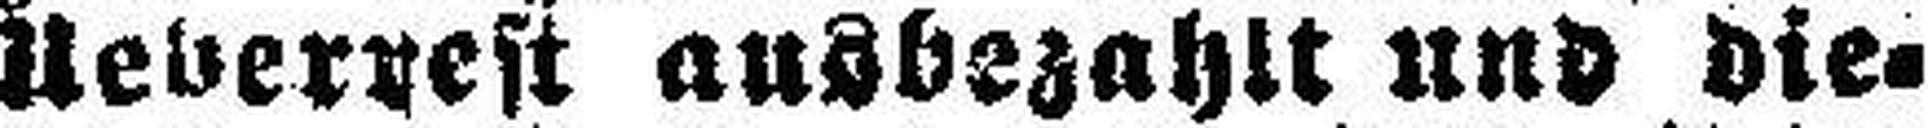
Ueberrest ausbezahlt und die¬